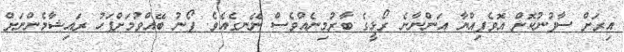
އިރަށް ސާފުނުކޮށް އޮވެފިއްޔާ އަންނާނެ ރޯޅީގެ ބާރުމިނެއްވެސް ނޭނގެއެވެ. ފޯނު ބޭއްވުމަށްފަހު ރައިޝާމެންނަށް